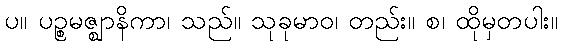
ပ။ ပဉ္စမဇ္ဈာနိကာ၊ သည်။ သုခုမာဝ၊ တည်း။ စ၊ ထိုမှတပါး။